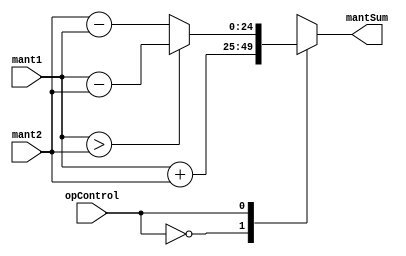
module mntAdder(
input opControl,
input [23:0] mant1,
input [23:0] mant2,
output reg [24:0] mantSum);

always @(*)
case (opControl)
	1'b0: mantSum = {1'b0,mant1} + {1'b0,mant2};
	1'b1: mantSum = ({1'b0,mant1}>{1'b0,mant2}) ? ({1'b0,mant1} - {1'b0,mant2}) : ({1'b0,mant2} - {1'b0,mant1});
endcase
endmodule